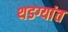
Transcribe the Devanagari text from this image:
थडग्यांत